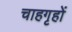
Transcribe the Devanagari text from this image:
चाहगृहों